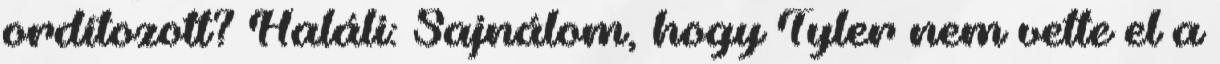
ordítozott? Haláli: Sajnálom, hogy Tyler nem vette el a